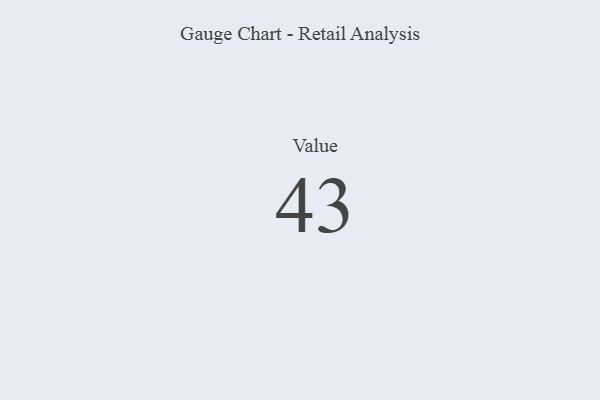
{"axis": {"x": "Metric", "y": "Value"}, "legend": [""], "data": [{"x": "Value", "y": 43, "type": ""}]}